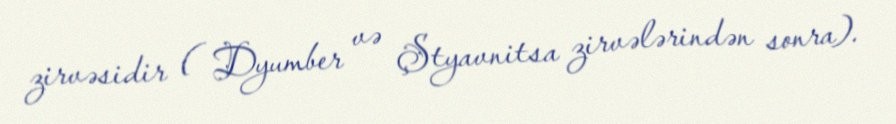
zirvəsidir ( Dyumber və Ştyavnitsa zirvələrindən sonra).